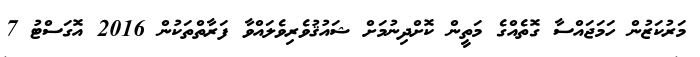
މަރުކަޒުން ހަމަޖައްސާ ގޮތެއްގެ މަތީން ކޮށްދިނުމަށް ޝައުޤުވެރިވެލައްވާ ފަރާތްތަކުން 2016 އޮގަސްޓު 7